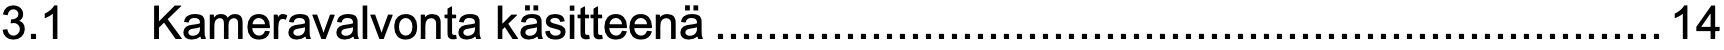
3.1  Kameravalvonta käsitteenä.........................................................................14